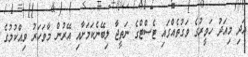
އަދި މިއަދު ހަވީރުގެ ވަގުތެއްގައި ޓެސްޓްގެ ނަތީޖާ ލިބޭނެކަމަށާއި އޭރުން މާވަހަރު ވިއްކުމުގެ